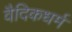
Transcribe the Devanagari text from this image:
वैदिकधर्म